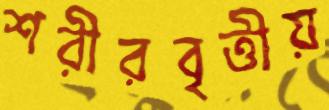
শরীরবৃত্তীয়